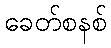
ခေတ်စနစ်